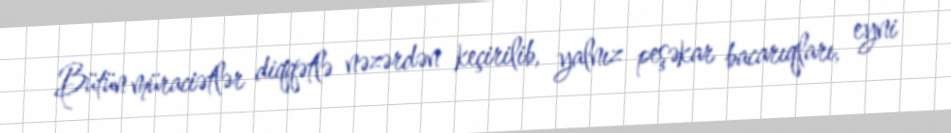
Bütün müraciətlər diqqətlə nəzərdən keçirilib, yalnız peşəkar bacarıqları, eyni